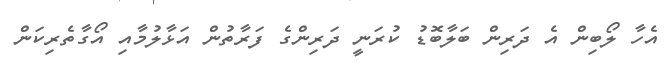
އެހާ ލޯބިން އެ ދަރިން ބަލާބޮޑު ކުރަނީ ދަރިންގެ ފަަރާތުން އަޅާލުމާއި އޯގާތެރިކަން